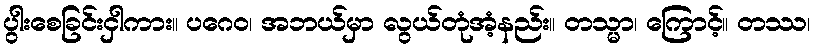
ပွါးစေခြင်းငှါကား။ ပဂေဝ၊ အဘယ်မှာ လွယ်တုံအံ့နည်း။ တသ္မာ၊ ကြောင့်။ တဿ၊